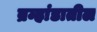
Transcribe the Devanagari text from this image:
ब्रम्हांडातील